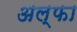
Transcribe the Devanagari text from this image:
अल्‍फा